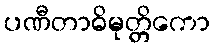
ပဏီတာဓိမုတ္တိကော